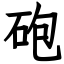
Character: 砲